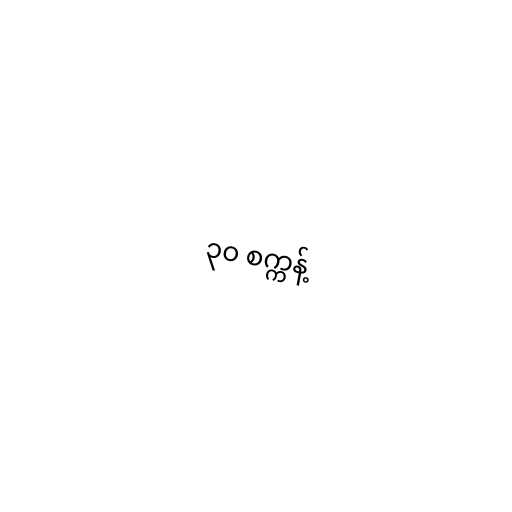
၃၀ စက္ကန့်